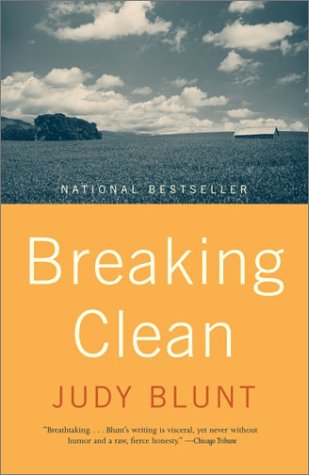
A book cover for Breaking Clean; Judy Blunt; Biographies & Memoirs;